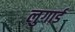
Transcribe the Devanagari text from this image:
लुगार्ड